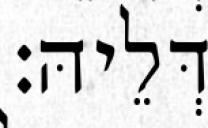
דְּלֵיהּ׃